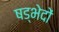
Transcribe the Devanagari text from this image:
षड्भेदों